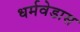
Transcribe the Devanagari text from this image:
धर्मवेडास